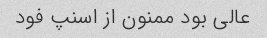
عالی بود ممنون از اسنپ‌ فود